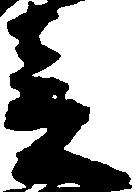
春